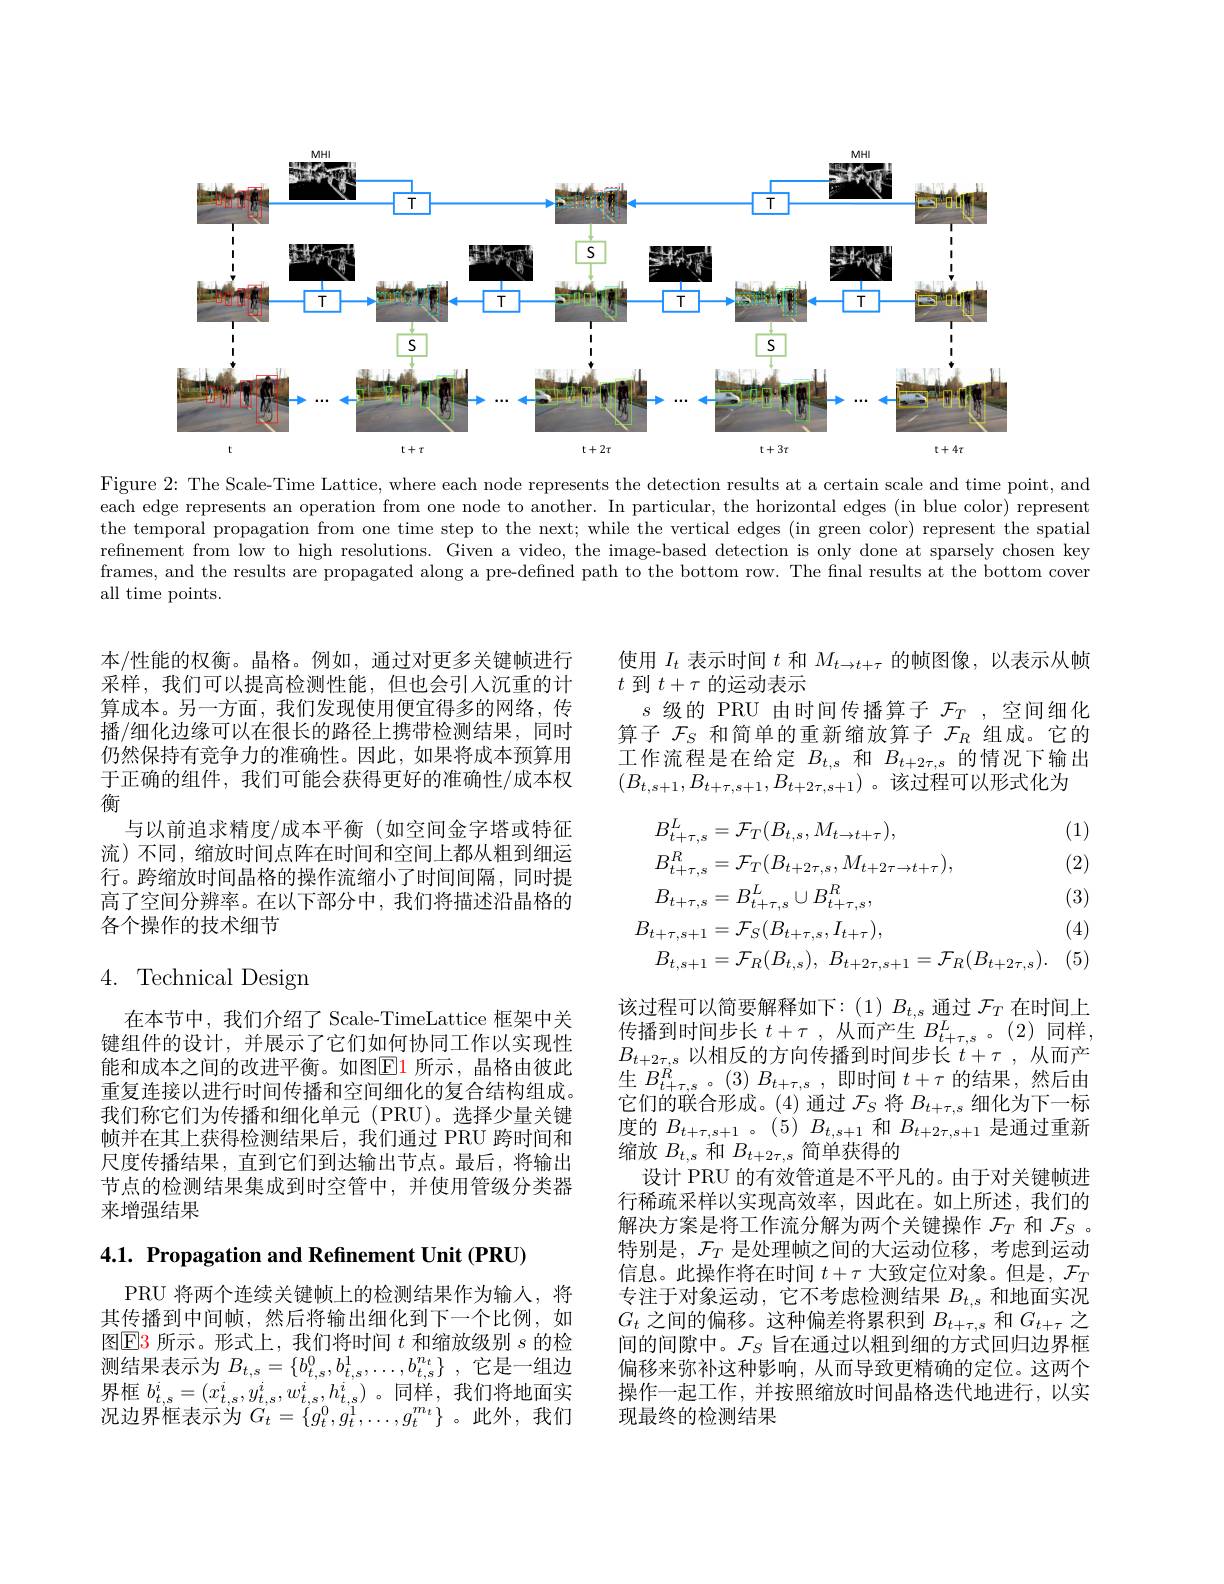
<FigureHere>

Figure 2{:} The Scale-Time Lattice, where each node represents the detection results at a certain scale and time point, and each edge represents an operation from one node to another. In particular, the horizontal edges (in blue color) represent the temporal propagation from one time step to the next; while the vertical edges (in green color) represent the spatial refinement from low to high resolutions. Given a video, the image-based detection is only done at sparsely chosen key frames, and the results are propagated along a pre-defined path to the bottom row. The final results at the bottom cover all time points.

本/性能的权衡。晶格。例如，通过对更多关键帧进行采样，我们可以提高检测性能，但也会引入沉重的计算成本。另一方面，我们发现使用便宜得多的网络，传播/细化边缘可以在很长的路径上携带检测结果，同时仍然保持有竞争力的准确性。因此，如果将成本预算用于正确的组件，我们可能会获得更好的准确性/成本权衡
与以前追求精度/成本平衡 (如空间金字塔或特征流)不同，缩放时间点阵在时间和空间上都从粗到细运行。跨缩放时间晶格的操作流缩小了时间间隔，同时提高了空间分辨率。在以下部分中，我们将描述沿晶格的各个操作的技术细节

# 4. Technical Design

在本节中，我们介绍了 Scale-TimeLattice 框架中关键组件的设计，并展示了它们如何协同工作以实现性能和成本之间的改进平衡。如图$\color{red}{\mathrm{E}}\color{blue}{\mathrm{1}}$ 所示，晶格由彼此重复连接以进行时间传播和空间细化的复合结构组成。我们称它们为传播和细化单元(PRU)。选择少量关键帧并在其上获得检测结果后，我们通过 PRU 跨时间和尺度传播结果，直到它们到达输出节点。最后，将输出节点的检测结果集成到时空管中，并使用管级分类器来增强结果

4.1. Propagation and Refinement Unit (PRU)

PRU 将两个连续关键帧上的检测结果作为输人，将其传播到中间帧，然后将输出细化到下一个比例，如图$\operatorname{E}$3 所示。形式上，我们将时间$t$和缩放级别$s$的检测结果表示为$B_t, s= \{ b_{t, s}^{0}, b_{t, s}^{1}, \ldots , b_{t, s}^{n_{t}}\}$ ,它是一组边界框$b_{t,s}^i=(x_{t,s}^i,y_{t,s}^i,w_{t,s}^i,h_{t,s}^i)$。同样，我们将地面实况边界框表示为$G_t=\{g_t^0,g_t^1,\ldots,g_t^{m_t}\}$ 。此外，我们

使用$I_t$表示时间$t$和$M_t\to t+\tau$的帧图像，以表示从帧
$t$到$t+\tau$的运动表示
$s$级的 PRU 由时间传播算子$\mathcal{F}_T$ ,空间细化算子$\mathcal{F}_S$和简单的重新缩放算子$\mathcal{F}_R$组成。它的工作流程是在给定$B_{t,s}$和$B_{t+2\tau,s}$的情况下输出$(B_{t,s+1},B_{t+\tau,s+1},B_{t+2\tau,s+1})$。该过程可以形式化为

(1)

(2)
$$\begin{aligned}&B_{t+\tau,s}^{L}=\mathcal{F}_{T}(B_{t,s},M_{t\to t+\tau}),\\&B_{t+\tau,s}^{R}=\mathcal{F}_{T}(B_{t+2\tau,s},M_{t+2\tau\to t+\tau}),\\&B_{t+\tau,s}=B_{t+\tau,s}^{L}\cup B_{t+\tau,s}^{R},\\&B_{t+\tau,s+1}=\mathcal{F}_{S}(B_{t+\tau,s},I_{t+\tau}),\\&B_{t,s+1}=\mathcal{F}_{R}(B_{t,s}),\:B_{t+2\tau,s+1}=\mathcal{F}_{R}(B_{t+2\tau,s}).\end{aligned}$$
(3)

(4)

(5)

该过程可以简要解释如下：(1) $B_t,s$通过$\mathcal{F}_T$在时间上传播到时间步长$t+\tau$,从而产生$B_t+\tau,s^L$。(2)同样， $B_{t+2\tau,s}$以相反的方向传播到时间步长$t+\tau$,从而产生$B_{t+\tau,s}^{R}$。$(3)B_{t+\tau,s}$,即时间$t+\tau$的结果，然后由它们的联合形成。(4)通过$\mathcal{F}_S$将$B_t+\tau,s$细化为下一标度的$B_{t+\tau,s+1}$ 。$(5)B_{t,s+1}$和$B_{t+2\tau,s+1}$是通过重新缩放$B_{t,s}$和$B_{t+2\tau,s}$简单获得的
设计 PRU 的有效管道是不平凡的。由于对关键帧进行稀疏采样以实现高效率，因此在。如上所述，我们的解决方案是将工作流分解为两个关键操作$\mathcal{F}_T$和$\mathcal{F}_S$ 。特别是，$\mathcal{F}_T$是处理帧之间的大运动位移，考虑到运动信息。此操作将在时间$t+\tau$大致定位对象。但是，$\mathcal{F}_T$ 专注于对象运动，它不考虑检测结果$B_t,s$和地面实况$G_{t}$之间的偏移。这种偏差将累积到$B_t+\tau,s$和$G_t+\tau$之间的间隙中。$\mathcal{F}_S$旨在通过以粗到细的方式回归边界框偏移来弥补这种影响，从而导致更精确的定位。这两个操作一起工作，并按照缩放时间晶格迭代地进行，以实现最终的检测结果